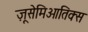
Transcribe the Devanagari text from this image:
ज़ूसेमिओतिक्स